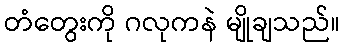
တံတွေးကို ဂလုကနဲ မျိုချသည်။